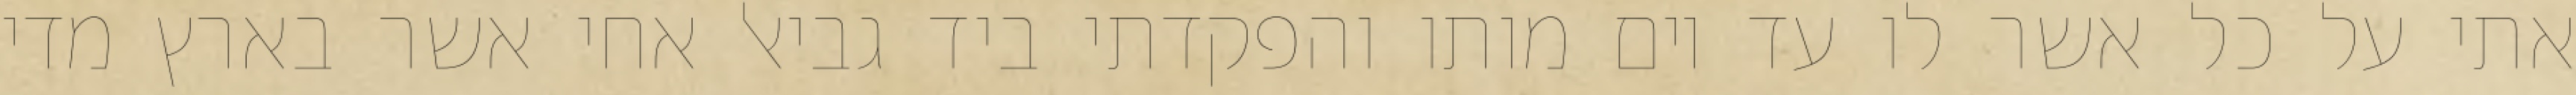
אתי על כל אשר לו עד יום מותו והפקדתי ביד גביאל אחי אשר בארץ מדי